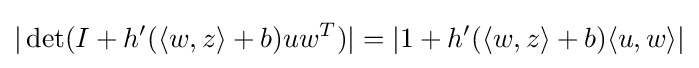
|\det(I+h'(\langle w,z\rangle +b)uw^{T})|=|1+h'(\langle w,z\rangle +b)\langle u,w\rangle |